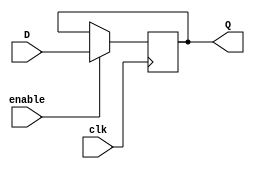
module shift_reg_en (
		input clk,
		input signed [255:0] D,
		output reg signed [255:0] Q,
		input enable
);


always @ (posedge clk) 
begin
   if (enable == 1)  
	begin
	Q <= D;
   end
end
endmodule